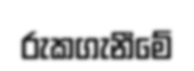
රුකගැනීමේ